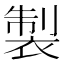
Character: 製